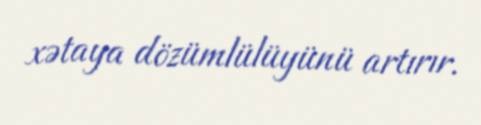
xətaya dözümlülüyünü artırır.